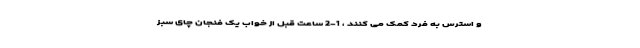
و استرس به فرد کمک می کنند ، 1-2 ساعت قبل از خواب یک فنجان چای سبز